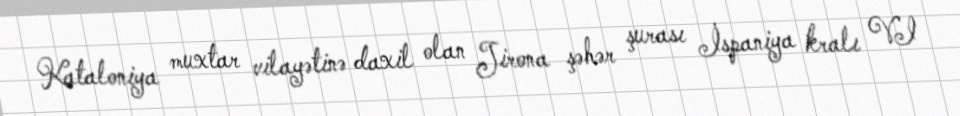
Kataloniya muxtar vilayətinə daxil olan Jirona şəhər şurası İspaniya kralı VI